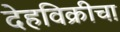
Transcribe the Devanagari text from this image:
देहविक्रीचा